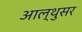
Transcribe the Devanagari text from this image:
आल्थुसर